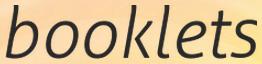
booklets